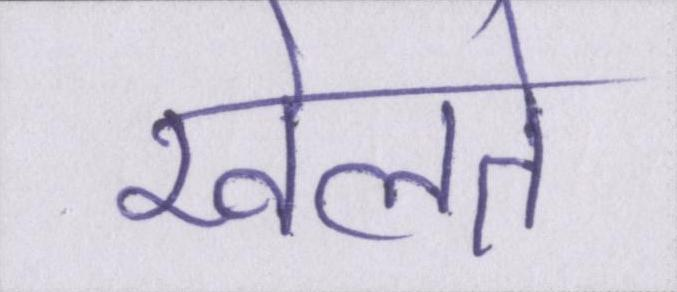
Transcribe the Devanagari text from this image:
खेलते